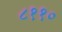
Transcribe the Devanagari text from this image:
८११०